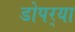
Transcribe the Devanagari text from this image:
डोपर्‍या